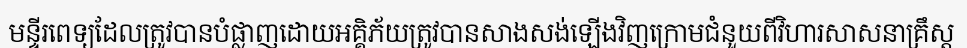
មន្ទីរពេទ្យដែលត្រូវបានបំផ្លាញដោយអគ្គិភ័យត្រូវបានសាងសង់ឡើងវិញក្រោមជំនួយពីវិហារសាសនាគ្រឹស្ត